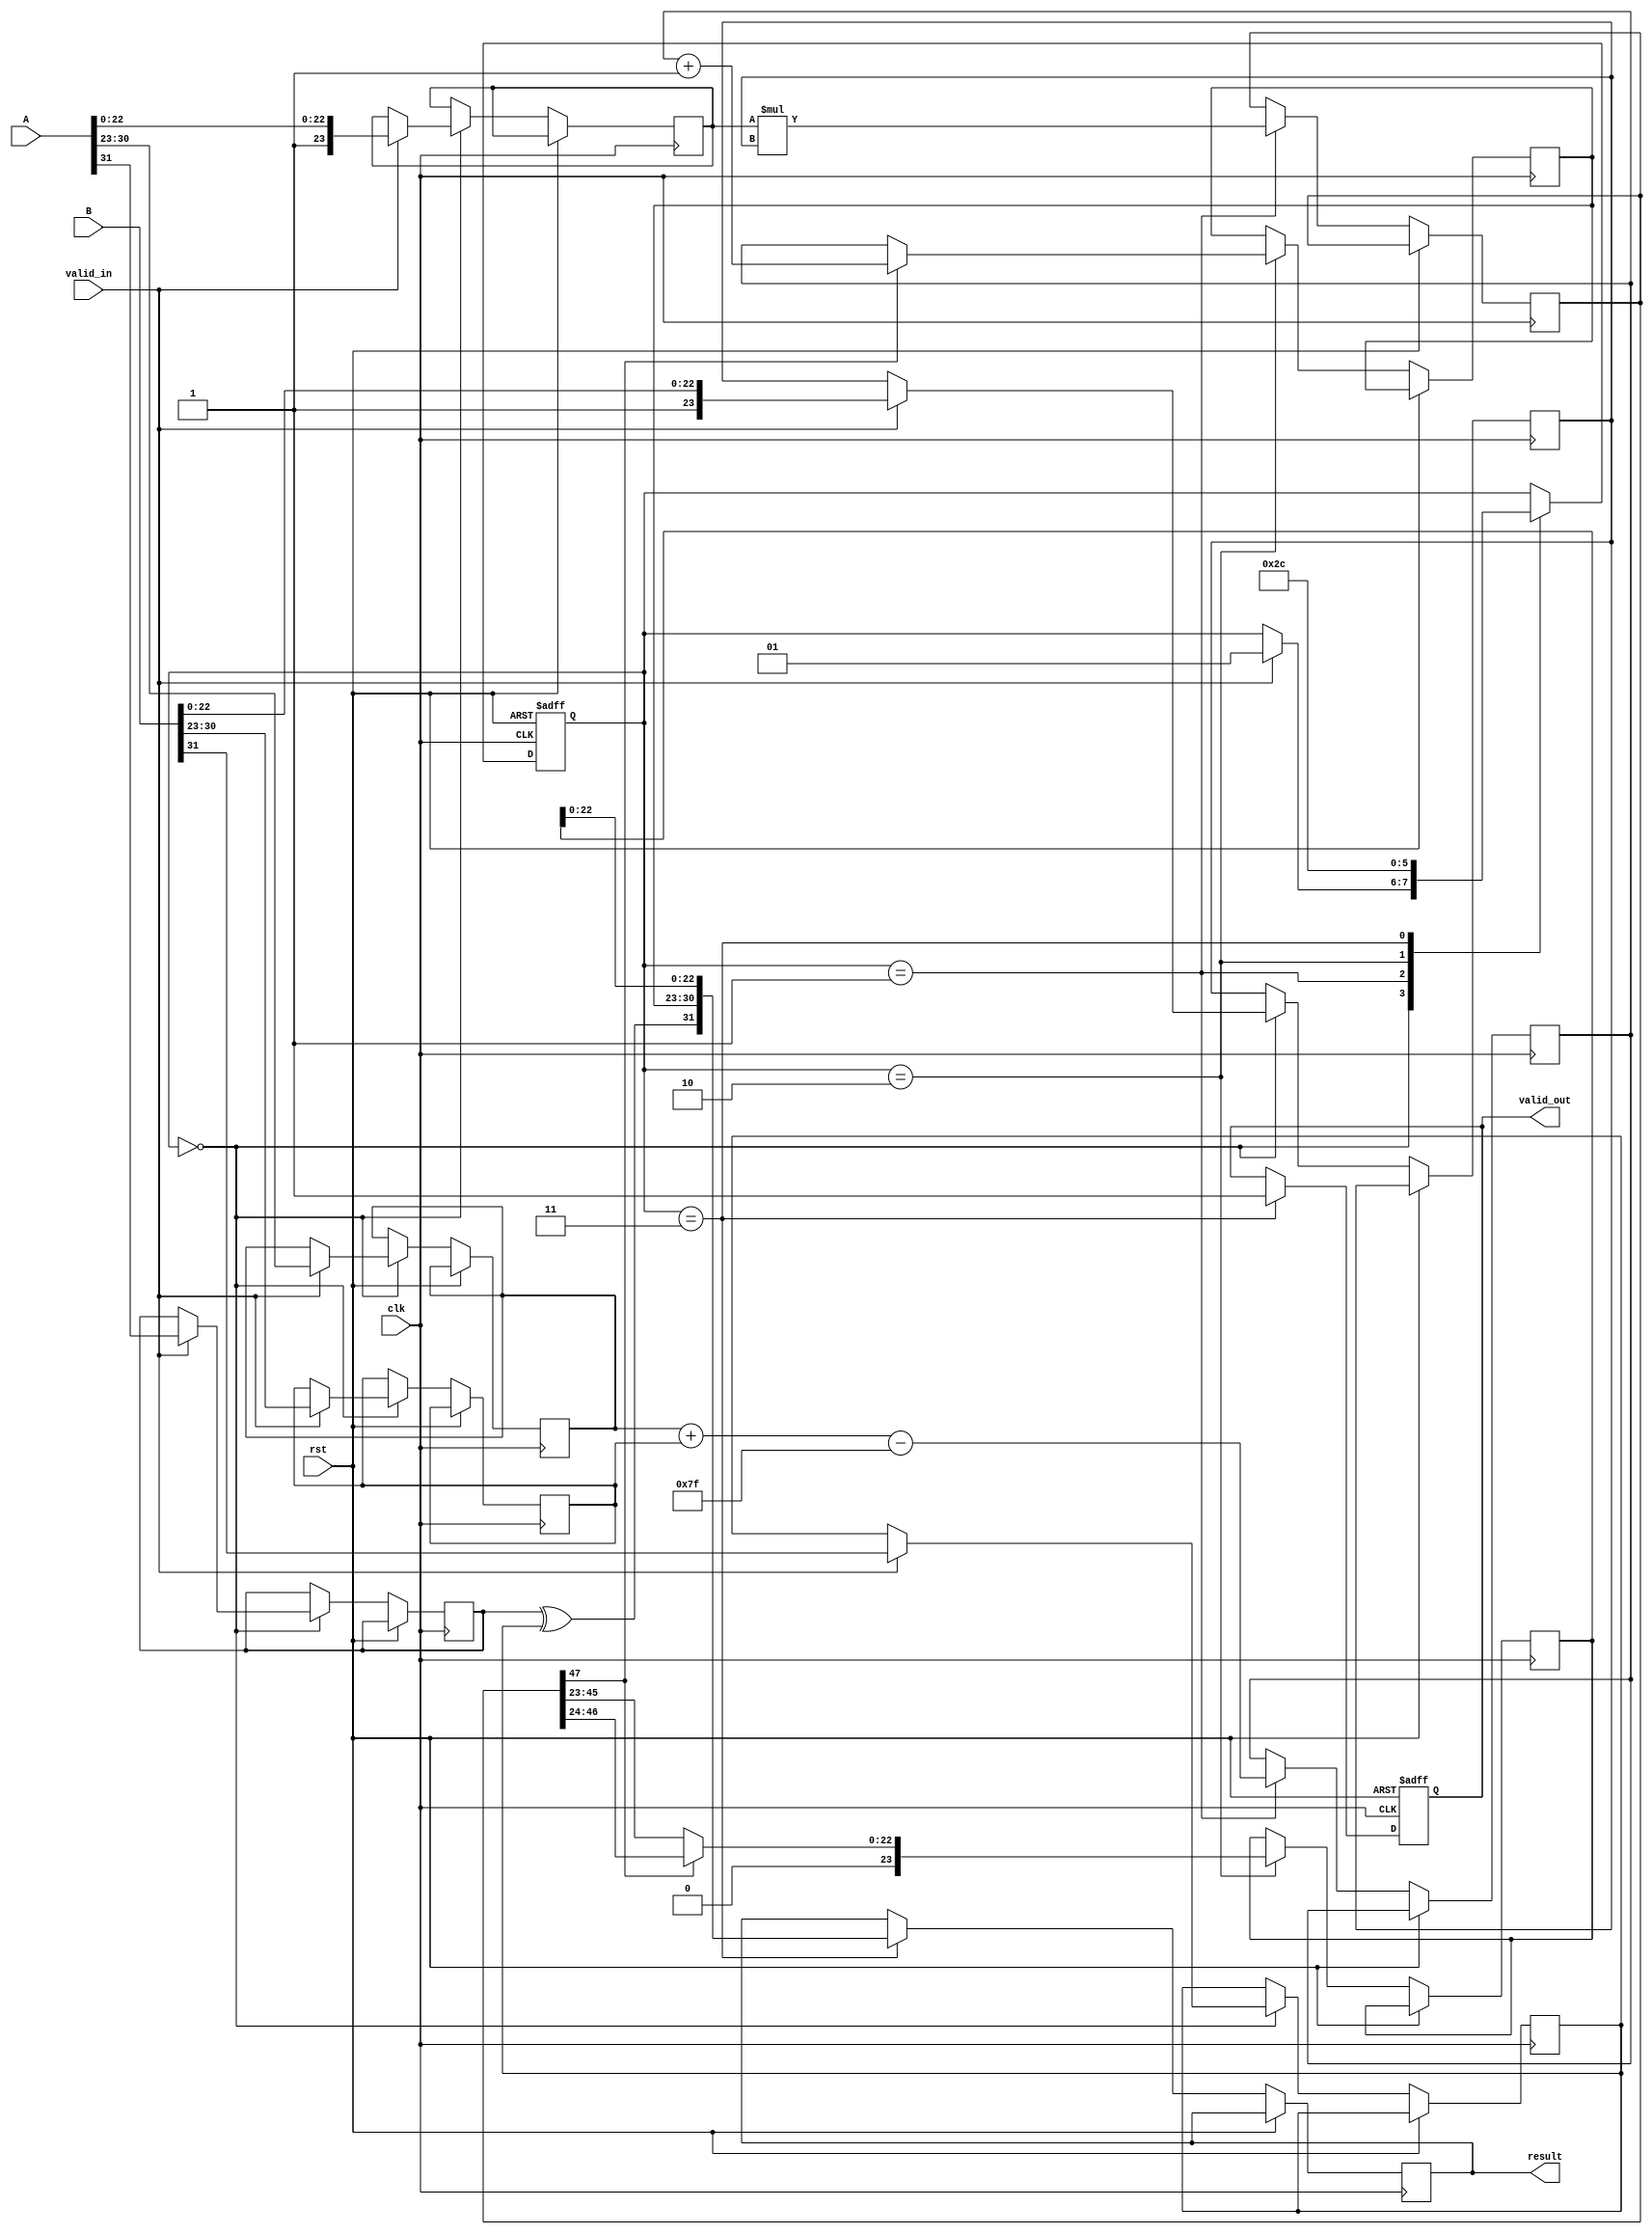
module pipelined_fp_multiplier (
    input clk,
    input rst,
    input valid_in,
    input [31:0] A, // First floating-point input
    input [31:0] B, // Second floating-point input
    output reg valid_out,
    output reg [31:0] result // Result of floating-point multiplication
);

    // Intermediate signals
    reg [31:0] A_reg, B_reg;
    reg sign_a, sign_b;
    reg [7:0] exp_a, exp_b;
    reg [23:0] mant_a, mant_b;
    reg [24:0] mant_product; // 24 bits for normalization
    reg [7:0] exp_result;
    reg [47:0] mant_mult; // 46 bits for mantissa multiplication
    reg [23:0] mant_result;
    reg [7:0] exp_adjusted;
    reg [1:0] stage;

    // Pipeline stages
    always @(posedge clk or posedge rst) begin
        if (rst) begin
            valid_out <= 0;
            stage <= 0;
        end else begin
            case (stage)
                0: begin // Input Stage
                    if (valid_in) begin
                        A_reg <= A;
                        B_reg <= B;
                        sign_a <= A[31];
                        sign_b <= B[31];
                        exp_a <= A[30:23];
                        exp_b <= B[30:23];
                        mant_a <= {1'b1, A[22:0]}; // Implicit leading 1
                        mant_b <= {1'b1, B[22:0]}; // Implicit leading 1
                        stage <= 1;
                    end
                end
                1: begin // Exponent Calculation Stage
                    exp_result <= exp_a + exp_b - 8'd127; // Adjust for bias
                    mant_mult <= mant_a * mant_b; // Mantissa multiplication
                    stage <= 2;
                end
                2: begin // Normalization Stage
                    // Normalize the mantissa
                    if (mant_mult[47]) begin
                        mant_result <= mant_mult[46:24]; // Shift right
                        exp_adjusted <= exp_result + 1; // Increment exponent
                    end else begin
                        mant_result <= mant_mult[45:23]; // Keep as is
                        exp_adjusted <= exp_result;
                    end
                    stage <= 3;
                end
                3: begin // Output Stage
                    result <= {sign_a ^ sign_b, exp_adjusted, mant_result[22:0]};
                    valid_out <= 1;
                    stage <= 0; // Reset to input stage
                end
            endcase
        end
    end
endmodule